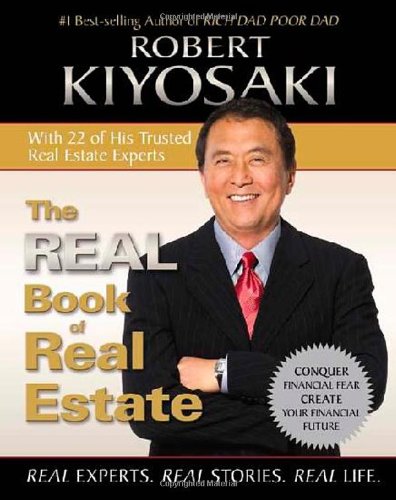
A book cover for The Real Book of Real Estate: Real Experts. Real Stories. Real Life.; Robert T. Kiyosaki; Business & Money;